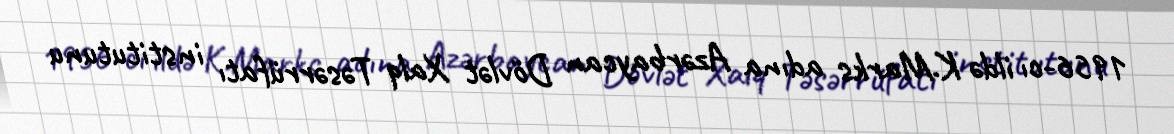
1956-cı ildə K.Marks adına Azərbaycan Dövlət Xalq Təsərrüfatı institutunu